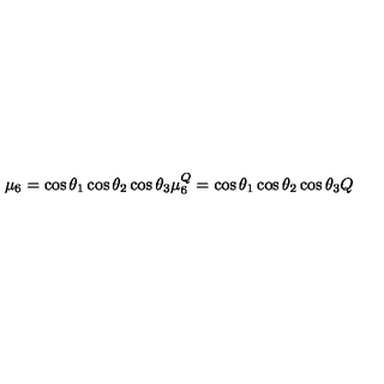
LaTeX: \mu _ { 6 } = \cos \theta _ { 1 } \cos \theta _ { 2 } \cos \theta _ { 3 } \mu \sp Q _ { 6 } = \cos \theta _ { 1 } \cos \theta _ { 2 } \cos \theta _ { 3 } Q